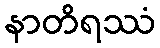
နာတိရဿံ